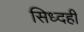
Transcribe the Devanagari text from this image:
सिध्दही